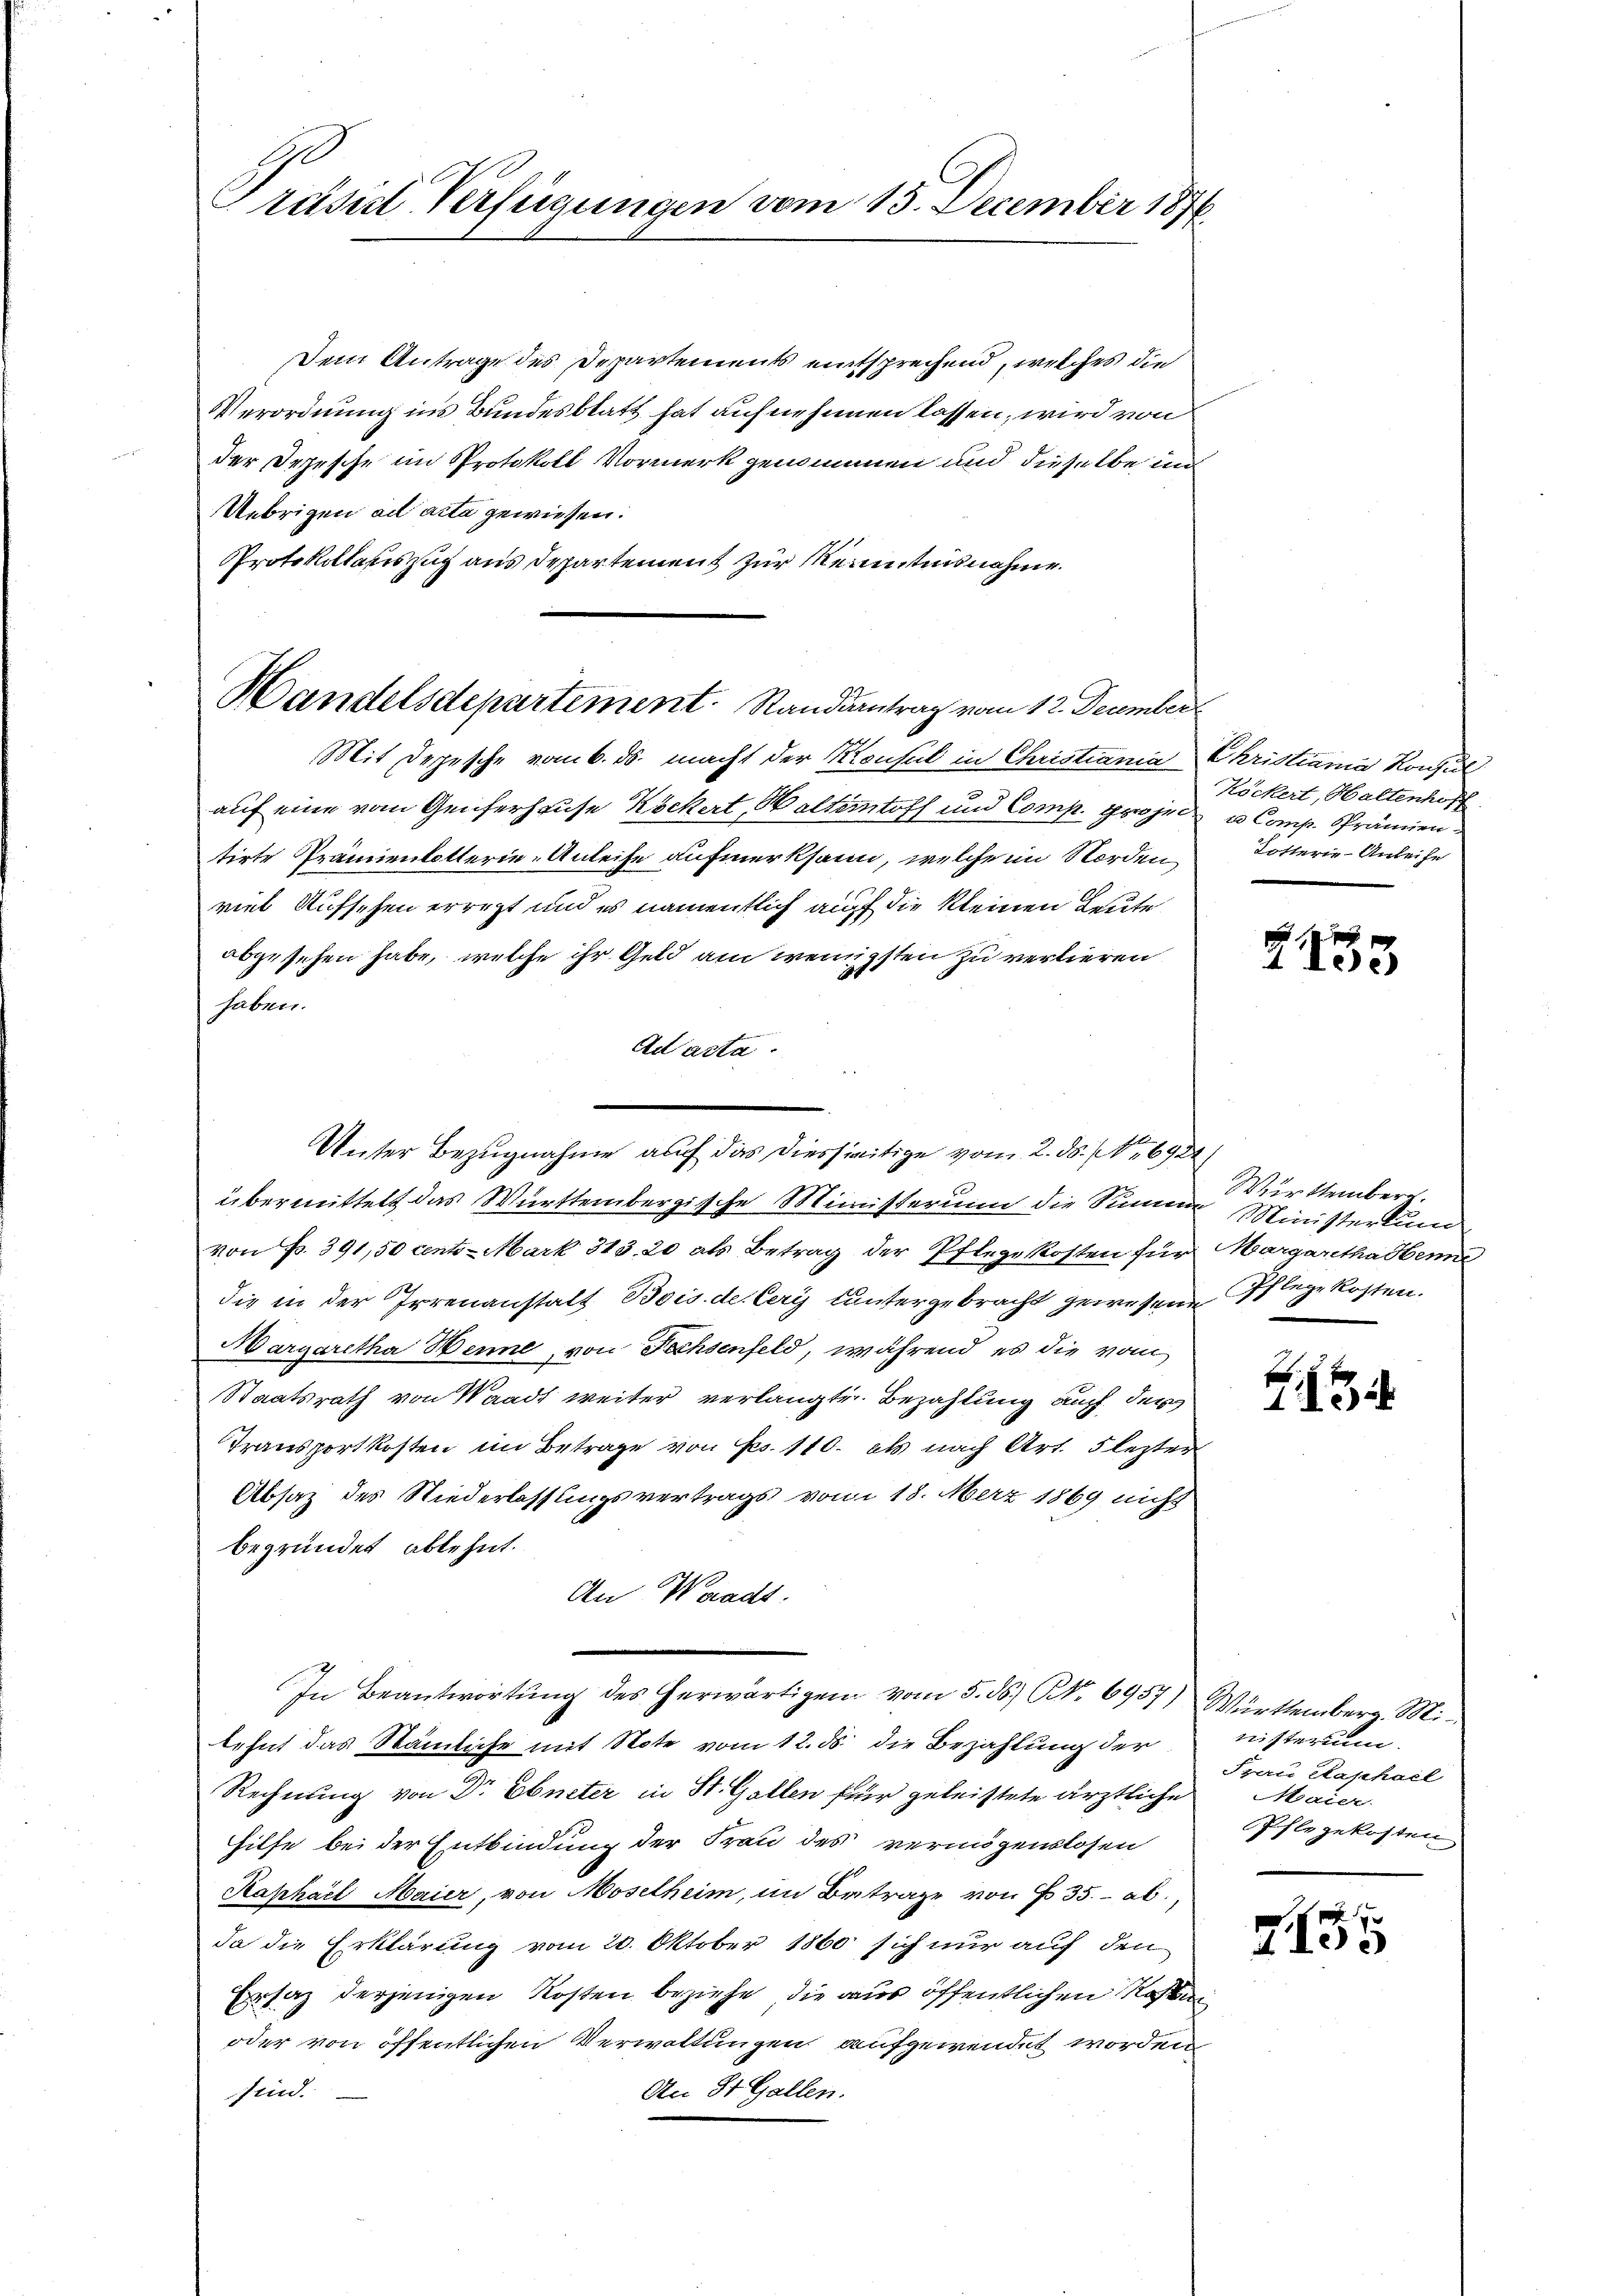
e
Präsidt-Verfügungen vom 15. December 1876.

Handelsdepartement. Randantrag vom 12. December
Mit Depesche vom 6. ds. macht der Konsul in Christiania Christiania Konsul

Dem Antrage des Departements entsprechend, welches die
Verordnung ins Bundesblatt hat aufnehmen lassen, wird von
der Depesche im Protokoll Vormerk genommen und dieselbe un
Uebrigen ad acta gewiesen.
Protokolauszug aus Departement zur Kenntnisnahme.
auf eine vom Genferhause Köckert, Waltemtoff und Comp. projec u. Comp. Prämien
tirte Prämienbotterie-Anleise aufmerksam, welche im Norden Dotterie - Anleihe
viel Aufsehen erregt und es namentlich auf die kleinen Leute
abgesehen habe, welche ihr Geld am wenigsten zu verlieren
haben.
Ad acta.
übermittelt das Württembergische Ministerium die Summe Ministertum
von Fr. 391,50 cento- Mark 313. 20 als Betrag der Pflegekosten für Margaretha Henne
die in der Irrenanstalt Bois der Cery untergebracht gewesene Pflege kosten.
Margaretha Wenne, von Fechsenfeld, während es die vom
Staatsrath von Waadt weiter verlangte Bezahlung auch der
Transportkosten im Betrage von Frs. 110. als nach Art. 5 lezter
Absatz des Niederlassungsvertrags vom 18. März 1869 nicht
begründet ablehnt.
An Waadt.
In Beantwortŭng des herwärtigen vom 5. ds. No. 6957) Württemberg. Mi
lehnt das Stämliche mit Note vom 12. ds. die Bezahlung der
Rechnung von Dr Ebneter in St. Gallen für geleistete ärztliche Maier.
hilfe bei der Entbindung der Frau des vermögenslosen
Kaphael Maier, von Moselheim, im Betrage von 35. ab.
da die Erklärung vom 20. Oktober 1860 sich nur auf den
Ersatz derjenigen Kosten beziehe, die aus öffentlichen Resti
oder von öffentlichen Verwaltungen aufgewendet worden
An St. Gallen.
sind.

Unter Bezugnahme auf das diesseitige vom 2. ds. NNo. 6934/

Köckert, Haltenhoff
.

2133

Württemberg.
2

nisterium.
Frau Raphael
Ichlegekosten

x